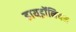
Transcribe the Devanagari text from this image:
हायड्रॉनियम